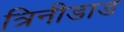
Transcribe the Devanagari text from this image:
त्रिनीडाड